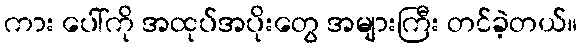
ကား ပေါ်ကို အထုပ်အပိုးတွေ အများကြီး တင်ခဲ့တယ်။